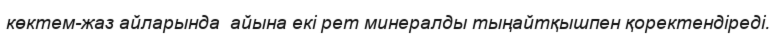
көктем-жаз айларында  айына екі рет минералды тыңайтқышпен қоректендіреді.